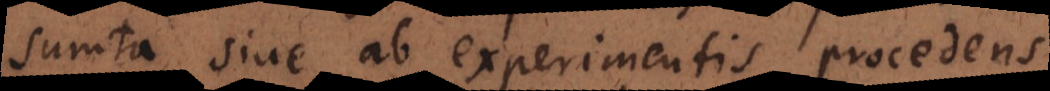
sumta, sive ab experimentis procedens